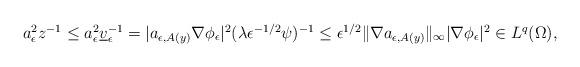
LaTeX: \begin{align*}\begin{array}{l} a_{\epsilon}^2z^{-1}\le a_{\epsilon}^2\underline{v}_{\epsilon}^{-1}= |a_{\epsilon,A(y)}\nabla\phi_{\epsilon}|^{2}(\lambda\epsilon^{-1/2}\psi)^{-1}\le\epsilon^{1/2}\|\nabla a_{\epsilon,A(y)}\|_{\infty}|\nabla\phi_{\epsilon}|^{2}\in L^{q}(\Omega),\end{array}\end{align*}